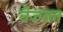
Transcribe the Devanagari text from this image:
नेज़्पल